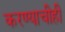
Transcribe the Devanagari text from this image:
करण्‍याचीही